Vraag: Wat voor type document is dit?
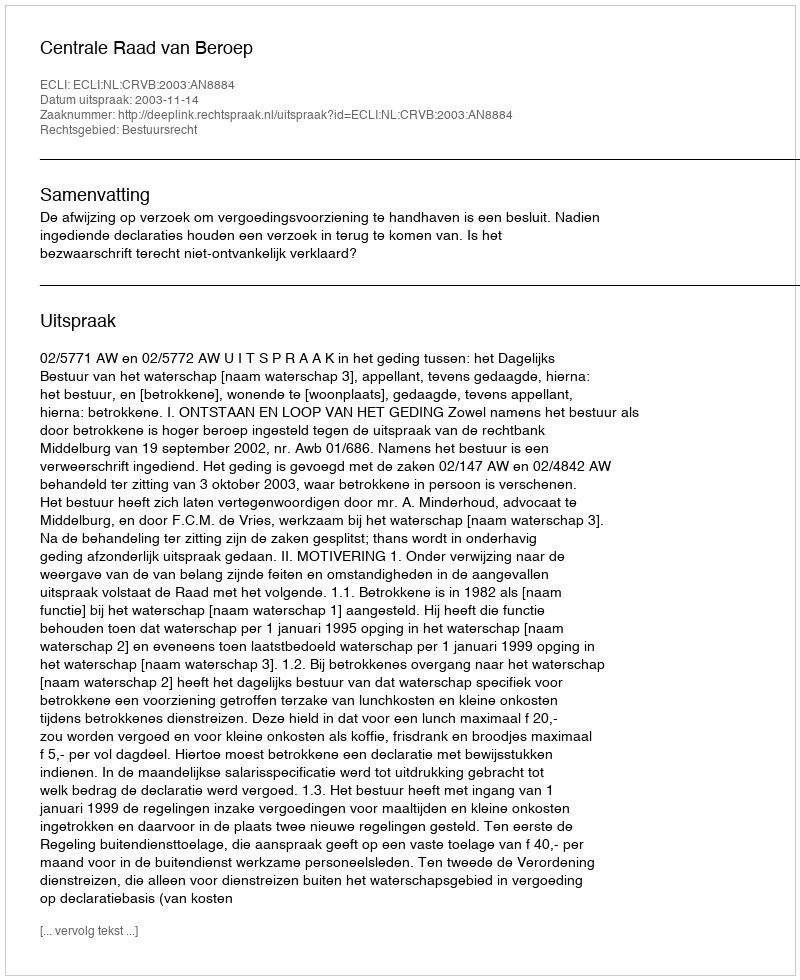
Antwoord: Uitspraak